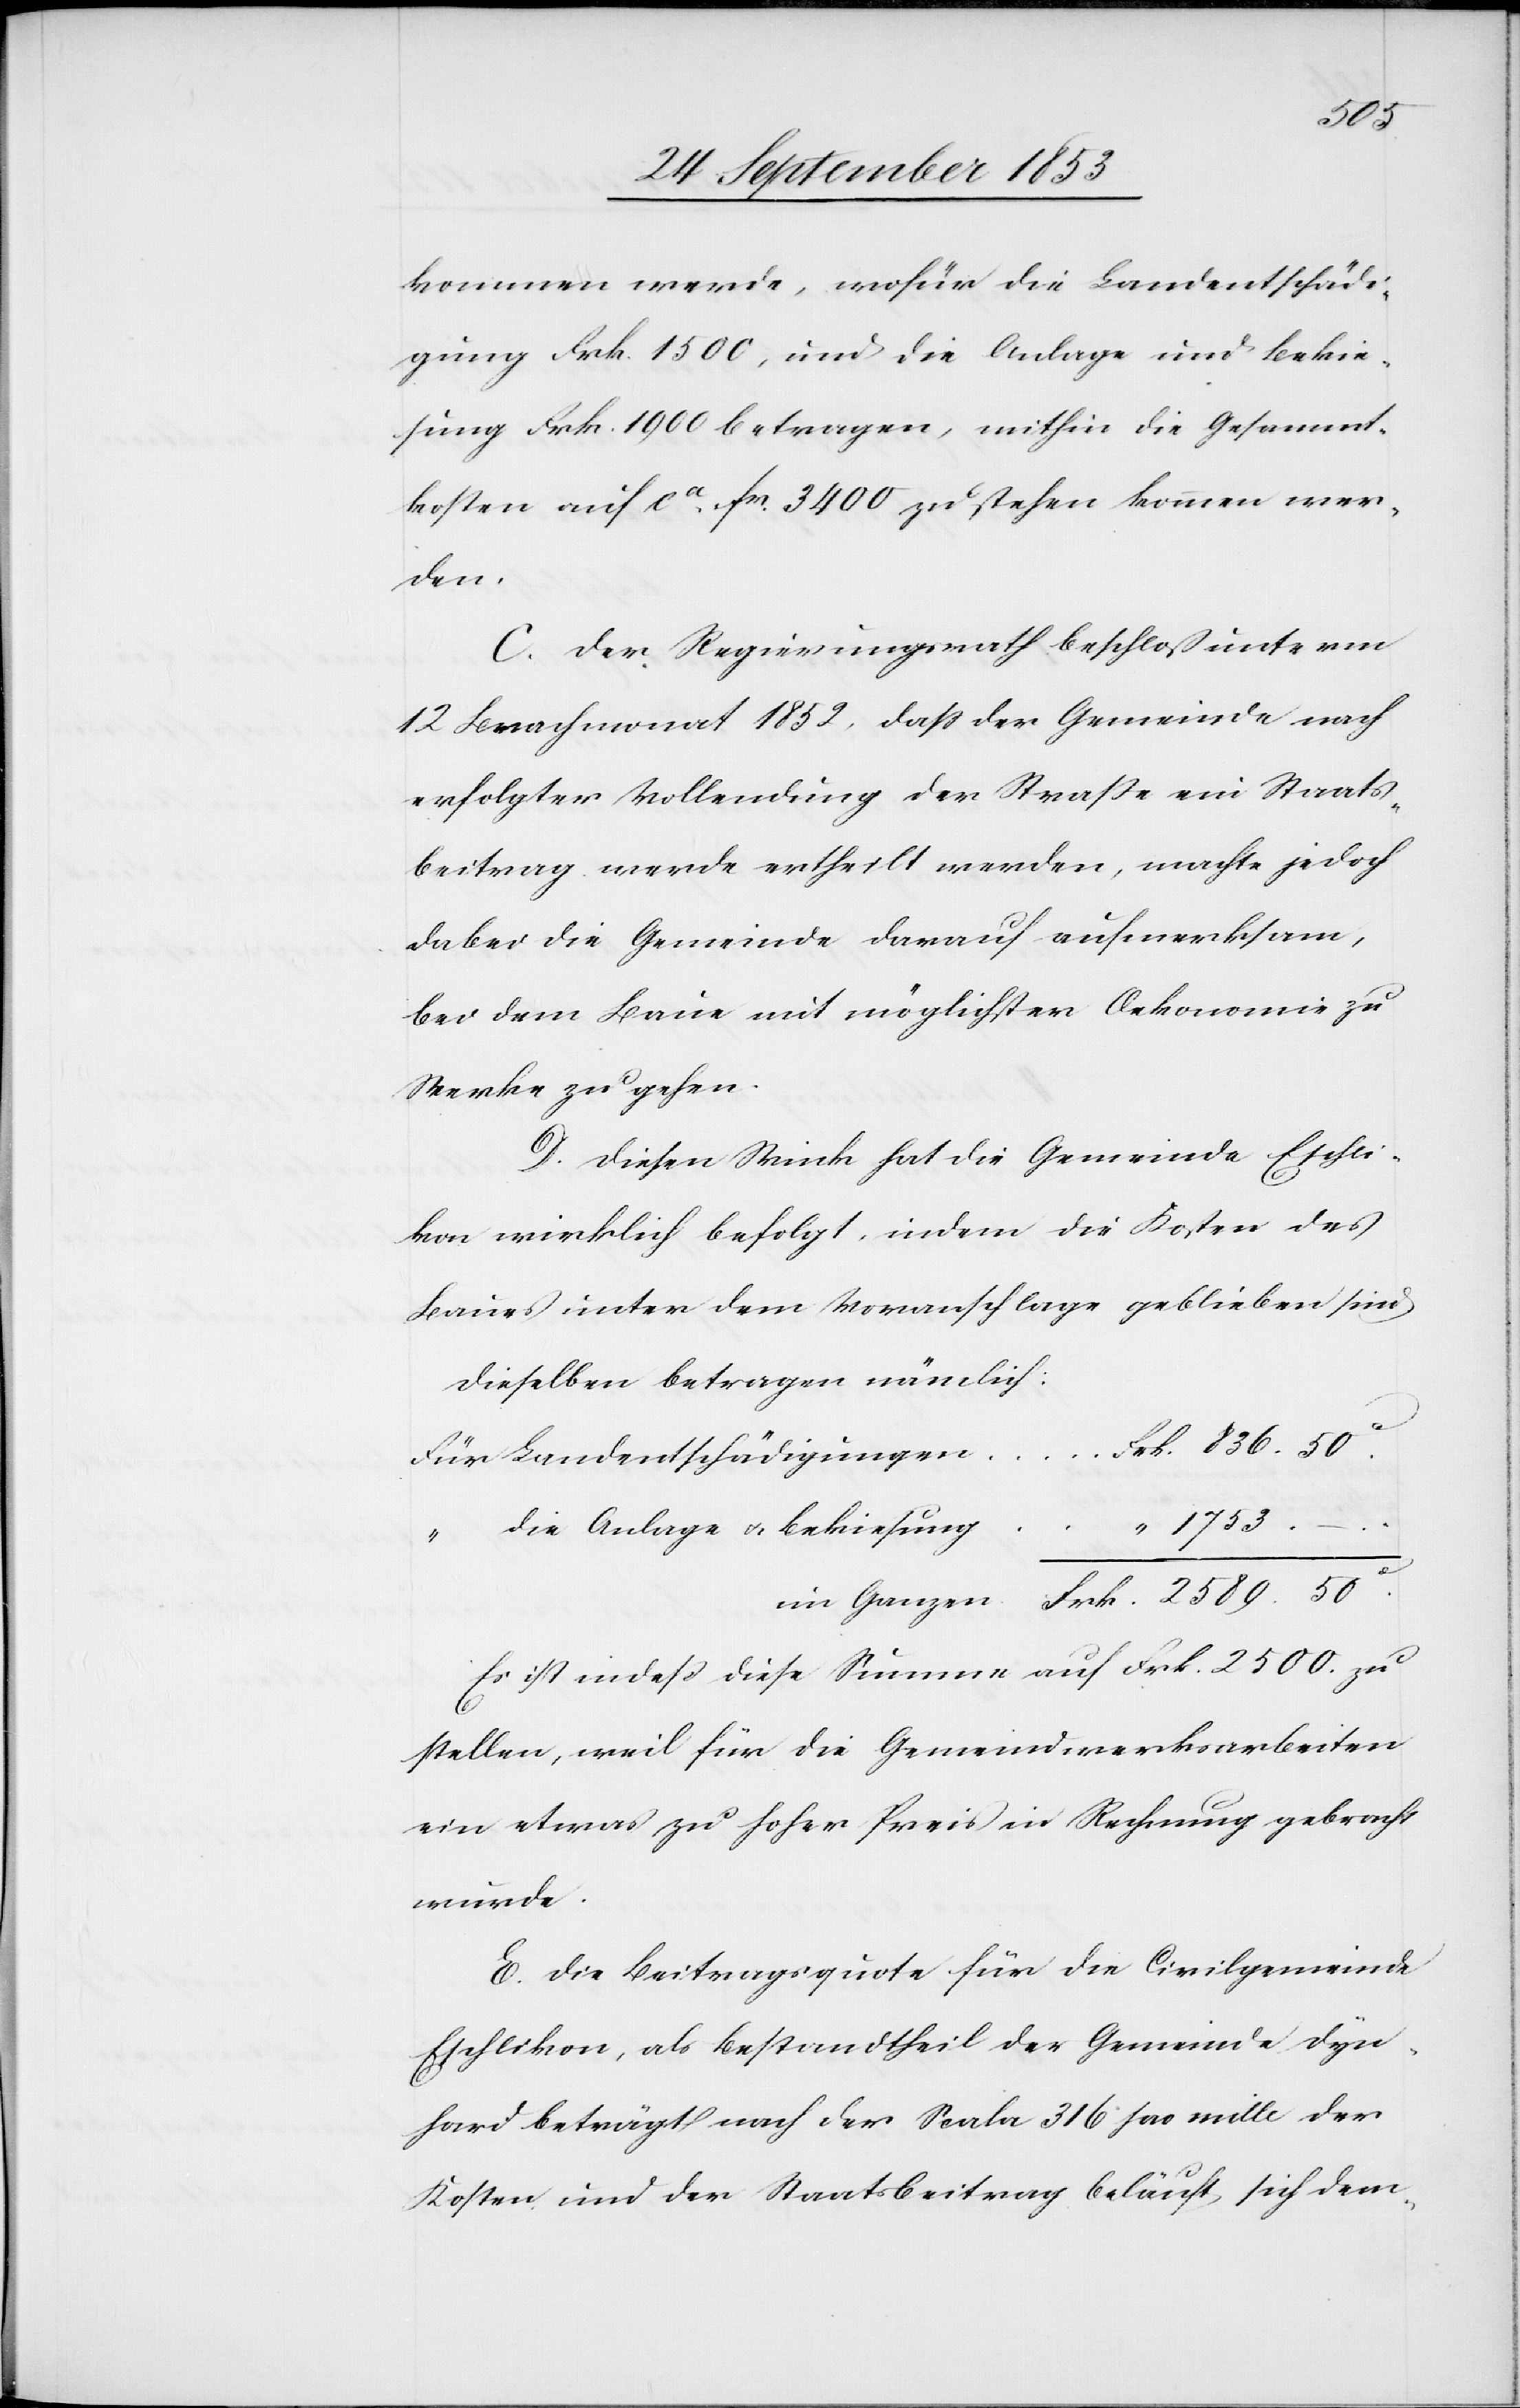
kommen werde, wofür die Landentschädi¬
gung Frk. 1500, und die Anlage und Bekie¬
sung Frk. 1900 betragen, mithin die Gesammt¬
kosten auf ca fr. 3400 zu stehen kommen wer¬
den.
C. Der Regierungsrath beschloß unterm
12 Brachmonat 1852, daß der Gemeinde nach
erfolgter Vollendung der Straße ein Staats¬
beitrag werde ertheilt werden, machte jedoch
dabei die Gemeinde darauf aufmerksam,
bei dem Baue mit möglichster Oekonomie zu
Werke zu gehen.
D. Diesem Wink hat die Gemeinde Eschli¬
kon wirklich befolgt, indem die Kosten des
Baues unter dem Voranschlage geblieben sind.
Dieselben betragen nämlich:
u.
im Ganzen	Frk. 2589. 50c
Es ist indeß diese Summe auf Frk. 2500. zu
stellen, weil für die Gemeindwerksarbeiten
ein etwas zu hoher Preis in Rechnung gebracht
wurde.
E. Die Beitragsquote für die Civilgemeinde
Eschlikon, als Bestandtheil der Gemeinde Dyn¬
hard beträgt nach der Scala 316 pro mille der
Kosten und der Staatsbeitrag beläuft sich dem-